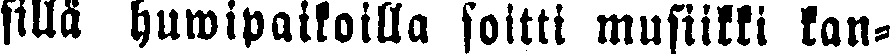
sillä huwipaikoilla soitti musiikki kan-